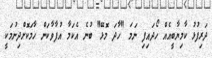
ދަރިފުޅު ކާމިޔާބީއެއް ހޯދައިފި ނަމަ "ހާދަ މޮޅޭ" ބުނެ އެކަމާ އުފާވާކަން ހާމަކޮށްދިނުމަކީ